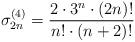
LaTeX: \begin{align*}\sigma_{2n}^{(4)}=\dfrac{2\cdot 3^n\cdot(2n)!}{n!\cdot (n+2)!}\end{align*}